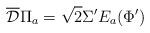
LaTeX: \begin{align*}\overline{\mathcal D} \Pi_a = \sqrt2 \Sigma' E_a(\Phi')\end{align*}